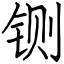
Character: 铡